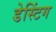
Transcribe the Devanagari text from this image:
डेस्टिंग